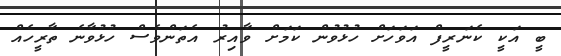
ބީ އަކީ ކެނަރީފް އަވަހަށް ހުޅުވުން ކަމަށް ވާއިރު އެތަންވެސް ހުޅުވާނެ ތާރީހެއް